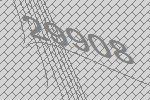
29908